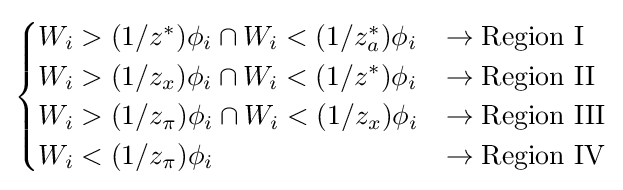
{\begin{cases}W_{i}>(1/z^{*})\phi _{i}\cap W_{i}<(1/z_{a}^{*})\phi _{i}&\rightarrow {\text{Region I}}\\W_{i}>(1/z_{x})\phi _{i}\cap W_{i}<(1/z^{*})\phi _{i}&\rightarrow {\text{Region II}}\\W_{i}>(1/z_{\pi })\phi _{i}\cap W_{i}<(1/z_{x})\phi _{i}&\rightarrow {\text{Region III}}\\W_{i}<(1/z_{\pi })\phi _{i}&\rightarrow {\text{Region IV}}\end{cases}}